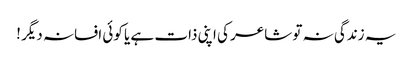
یہ زندگی نہ تو شاعر کی اپنی ذات ہے یا کوئی افسانہ دیگر !